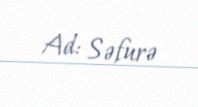
Ad: Səfurə